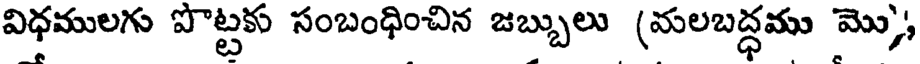
విధములగు పొట్టకు సంబంధించిన జబ్బులు (మలబద్ధము మొ),